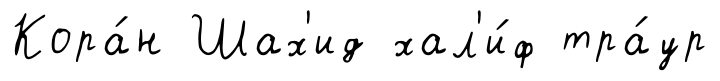
Кора́н Шах'ид хал'и́ф тра́ур